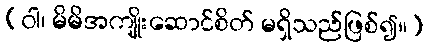
(ဝါ၊ မိမိအကျိုးဆောင်စိတ် မရှိသည်ဖြစ်၍။)